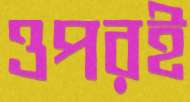
ওপরই